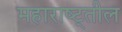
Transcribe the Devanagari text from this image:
महाराष्ट्तील